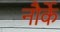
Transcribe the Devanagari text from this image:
नौर्के